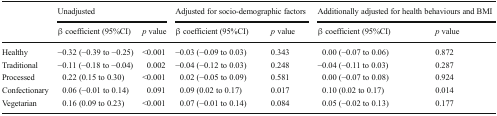
| <ROWSPAN=2>  | <COLSPAN=2> Unadjusted | <COLSPAN=2> Adjusted for socio-demographic factors | <COLSPAN=2> Additionally adjusted for health behaviours and BMI |
 | β coefficient (95%CI) | p value | β coefficient (95%CI) | p value | β coefficient (95%CI) | p value |
 | --- | --- | --- | --- | --- | --- | --- |
 | Healthy | −0.32 (−0.39 to −0.25) | <0.001 | −0.03 (−0.09 to 0.03) | 0.343 | 0.00 (−0.07 to 0.06) | 0.872 |
 | Traditional | −0.11 (−0.18 to −0.04) | 0.002 | −0.04 (−0.12 to 0.03) | 0.248 | −0.04 (−0.11 to 0.03) | 0.287 |
 | Processed | 0.22 (0.15 to 0.30) | <0.001 | 0.02 (−0.05 to 0.09) | 0.581 | 0.00 (−0.07 to 0.08) | 0.924 |
 | Confectionary | 0.06 (−0.01 to 0.14) | 0.091 | 0.09 (0.02 to 0.17) | 0.017 | 0.10 (0.02 to 0.17) | 0.014 |
 | Vegetarian | 0.16 (0.09 to 0.23) | <0.001 | 0.07 (−0.01 to 0.14) | 0.084 | 0.05 (−0.02 to 0.13) | 0.177 |